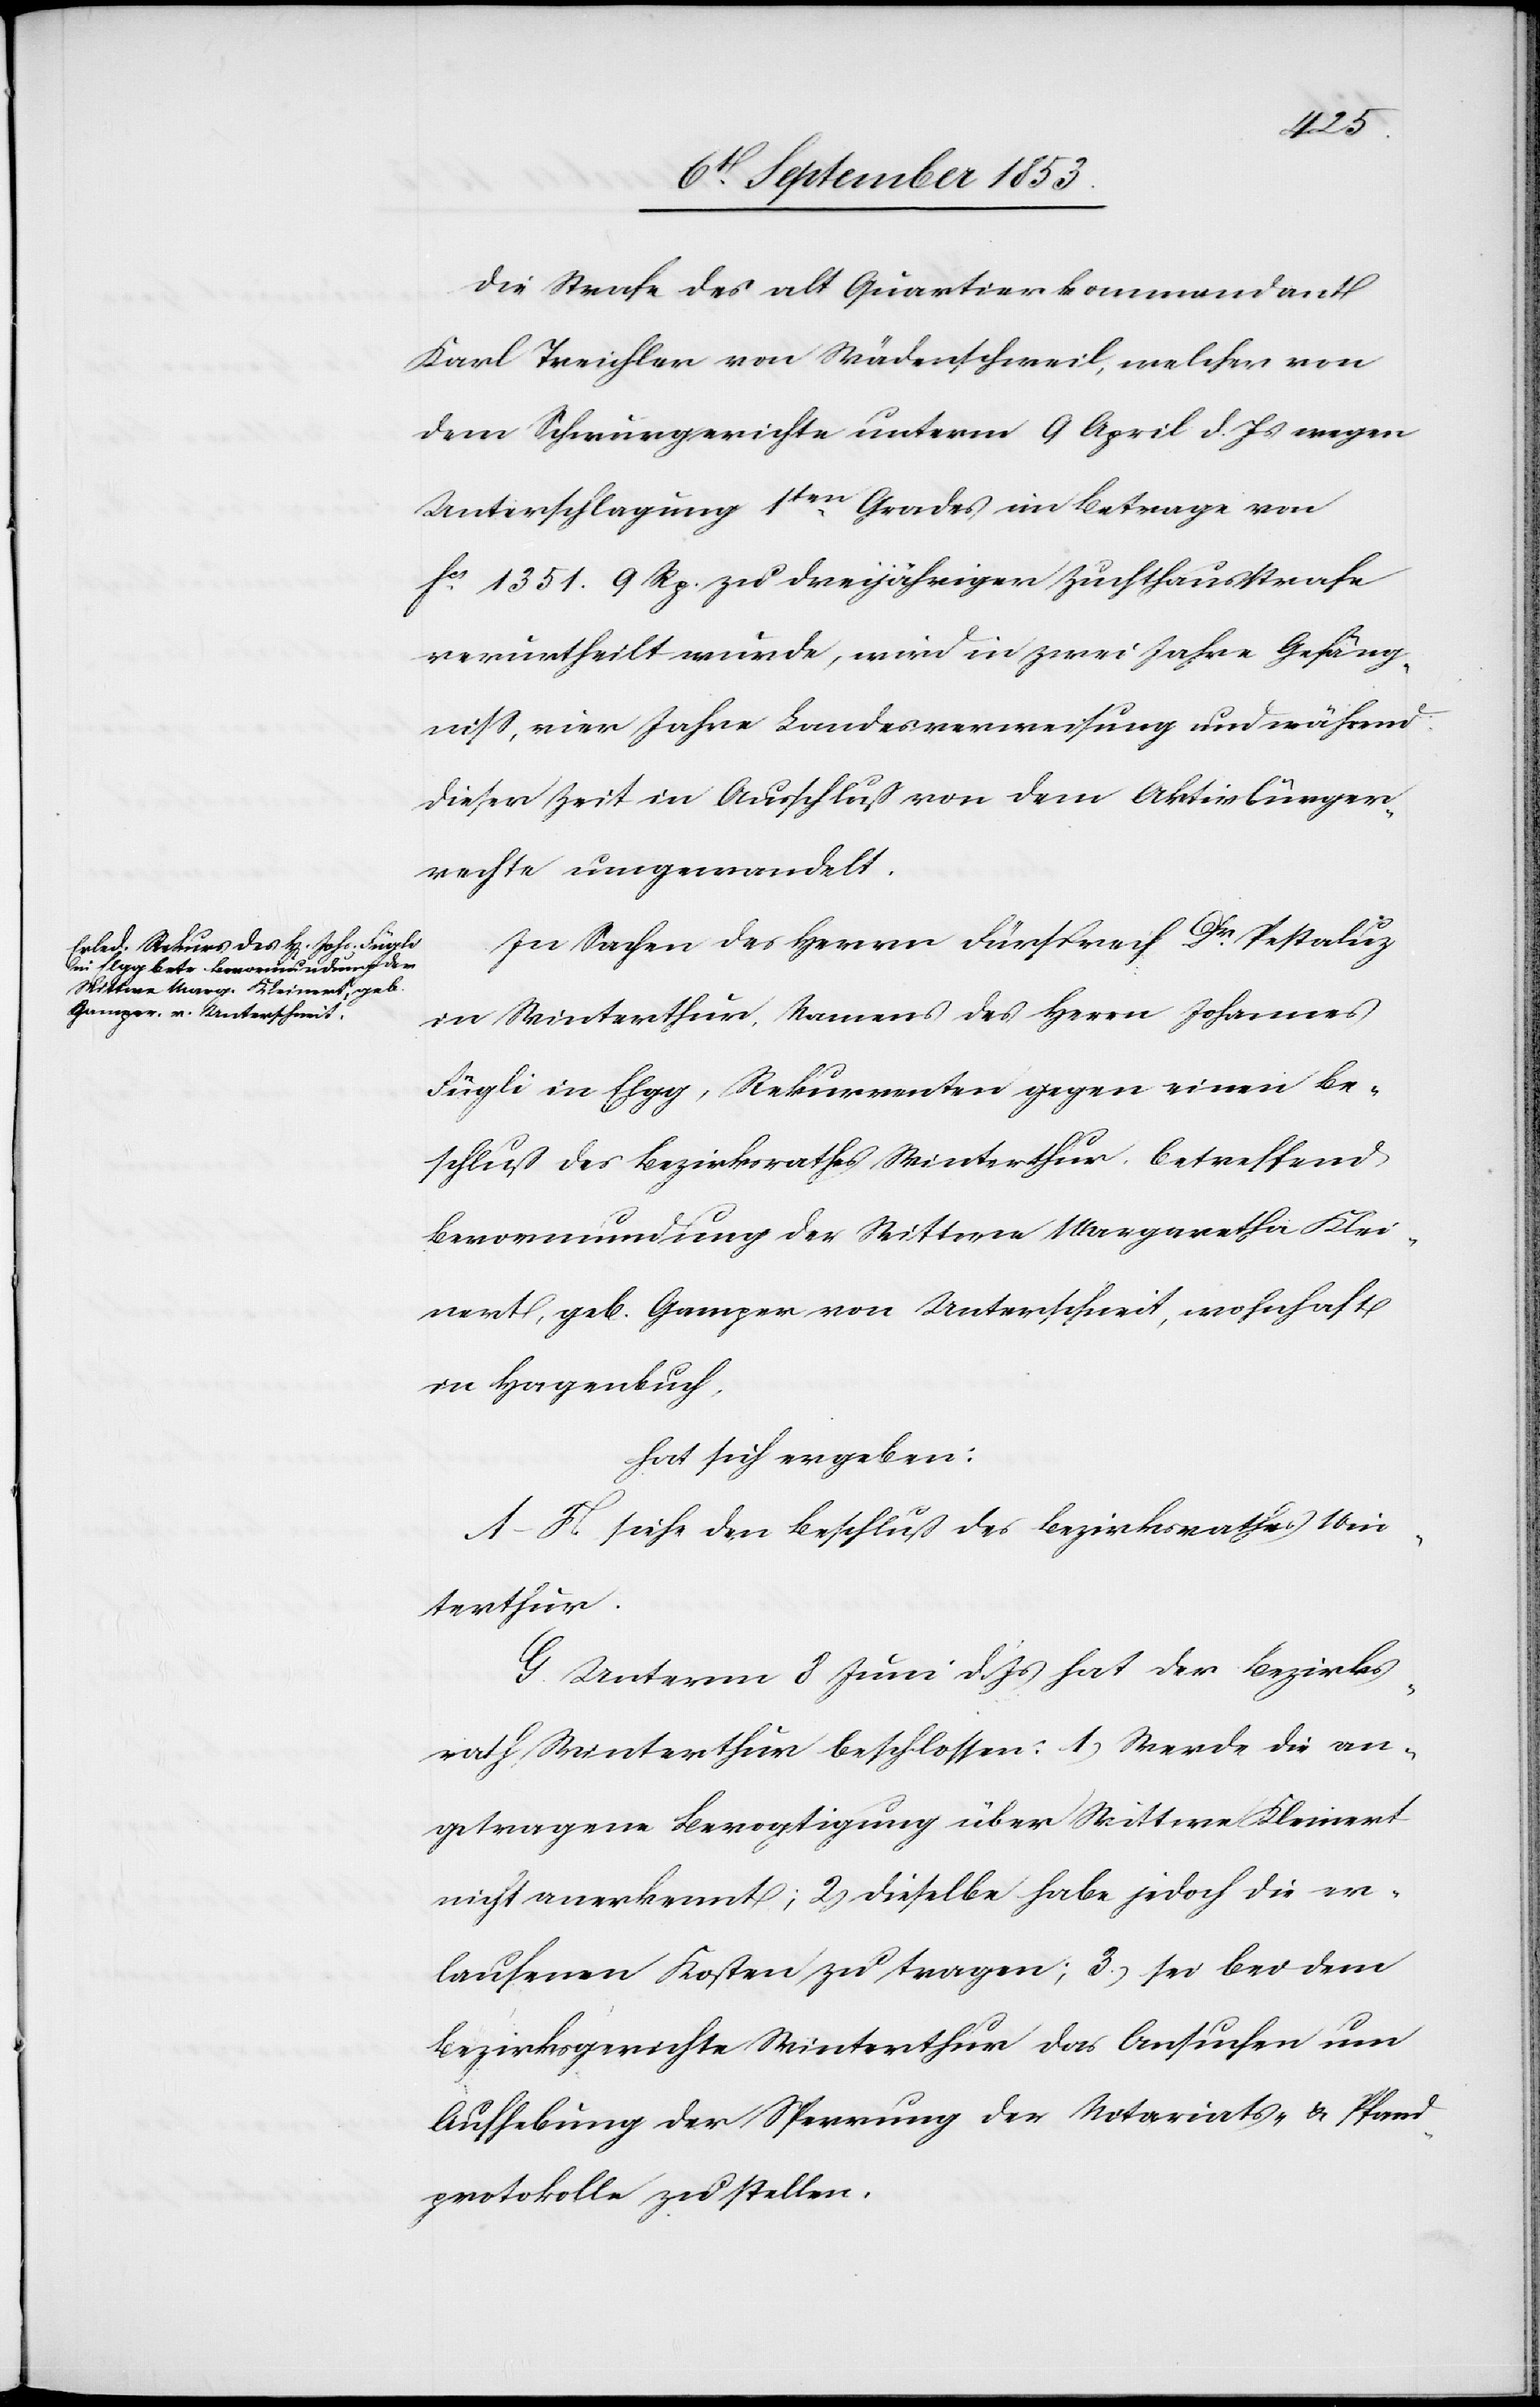
Die Strafe des alt Quartierkommandant
Karl Treichler von Wädenschweil, welcher von
dem Schwurgerichte unterm 9 April d. Js. wegen
Unterschlagung 1ten Grades im Betrage von
fcs 1351. 9 Rp zu dreijähriger Zuchthausstrafe
verurtheilt wurde, wird in zwei Jahre Gefäng¬
niß, vier Jahre Landesverweisung und während
dieser Zeit in Ausschluß von dem Aktivbürger¬
rechte umgewandelt.
In Sachen des Herrn Fürsprech Dr Pestaluz
in Winterthur, Namens des Herrn Johannes
Fügli in Elgg, Rekurrent gegen einen Be¬
schluß des Bezirksrathes Winterthur, betreffend
Bevormundung der Wittwe Margaretha Klei¬
nert, geb. Gamper von Unterschneit, wohnhaft
in Hagenbuch.
hat sich ergeben:
A–F. siehe den Beschluß des Bezirksrathes Win¬
terthur.
G. Unterm 8 Juni d. Js. hat der Bezirks¬
rath Winterthur beschlossen: 1, Werde die an¬
getragene Bevogtigung über Wittwe Kleinert
nicht anerkannt; 2, dieselbe habe jedoch die er¬
laufenen Kosten zu tragen; 3, sei bei dem
Bezirksgerichte Winterthur das Ansuchen um
Aufhebung der Sperrung der Notariats- u. Pfand¬
protokolle zu stellen.